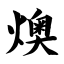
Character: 燠